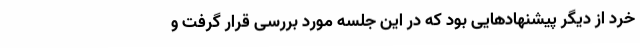
خرد از دیگر پیشنهادهایی بود که در این جلسه مورد بررسی قرار گرفت و